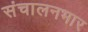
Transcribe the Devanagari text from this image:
संचालनभार